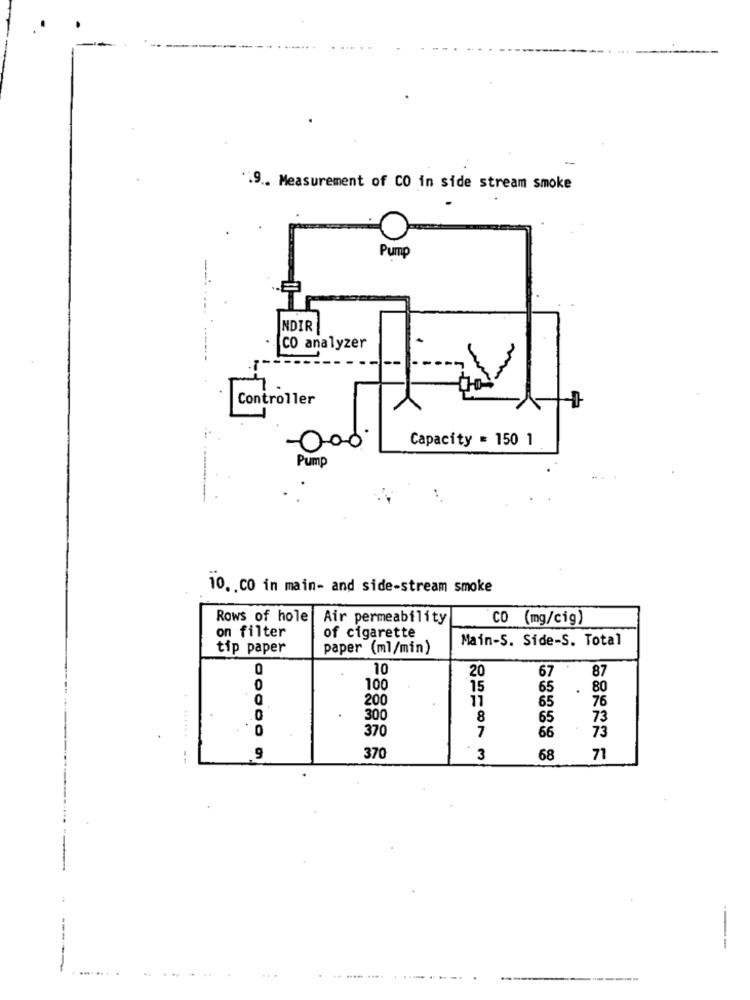
*19 .. Measurement of CO in side stream smoke
Pump
INDIR
CO analyzer
Controller
Capacity = 150 1
Pump
10. CO in main- and side-stream smoke
Rows of hole
Air permeability
CO (mg/cig)
on filter
of cigarette
Main-S. Side-S. Total
tip paper
paper (ml/min)
10
20
67
87
0
100
15
65
.
80
200
11
76
65
300
8
65
73
0
370
7
73
66
.........
9
370
3
68
71
---
-----
........
...